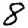
Digit: 8